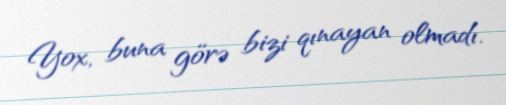
Yox, buna görə bizi qınayan olmadı.